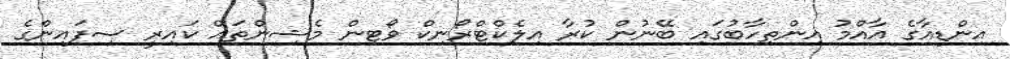
އިންޑިއާގެ އާއްމު އިންތިހާބުގައި ބޭނުން ކުރާ އިލެކްޓްރޯނިކް ވޯޓިން މެޝިންތައް ކައިރީ ސިފައިންގެ